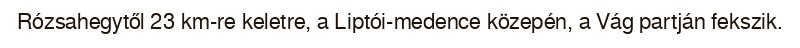
Rózsahegytől 23 km-re keletre, a Liptói-medence közepén, a Vág partján fekszik.